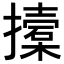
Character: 𢷌